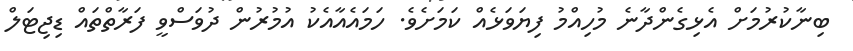
ބިނާކުރުމަށް އެޅިގެންދާނެ މުހިއްމު ފިޔަވަޅެއް ކަމަށެވެ. ހަމައެއާއެކު އުމުރުން ދުވަސްވީ ފަރާތްތައް ޑިޖިޓަލް